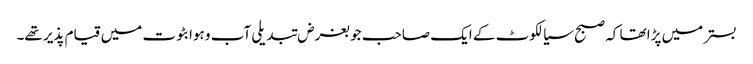
بستر میں پڑا تھا کہ صبح سیالکوٹ کے ایک صاحب جو بغرض تبدیلی آب و ہوا بٹوت میں قیام پذیر تھے۔